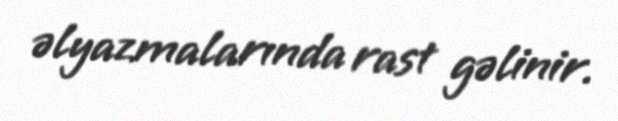
əlyazmalarında rast gəlinir.